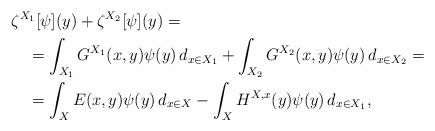
LaTeX: \begin{align*}&\zeta^{X_1}[\psi](y)+\zeta^{X_2}[\psi](y)=\\&\quad=\int_{X_1}G^{X_1}(x,y)\psi(y)\, d_{x\in X_1}+\int_{X_2}G^{X_2}(x,y)\psi(y)\, d_{x\in X_2}=\\&\quad=\int_{X}E(x,y)\psi(y)\, d_{x\in X}-\int_{X}H^{X,x}(y)\psi(y)\, d_{x\in X_1},\end{align*}